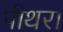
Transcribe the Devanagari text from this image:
पीथरा